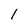
Character: 1